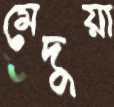
মেদুয়া